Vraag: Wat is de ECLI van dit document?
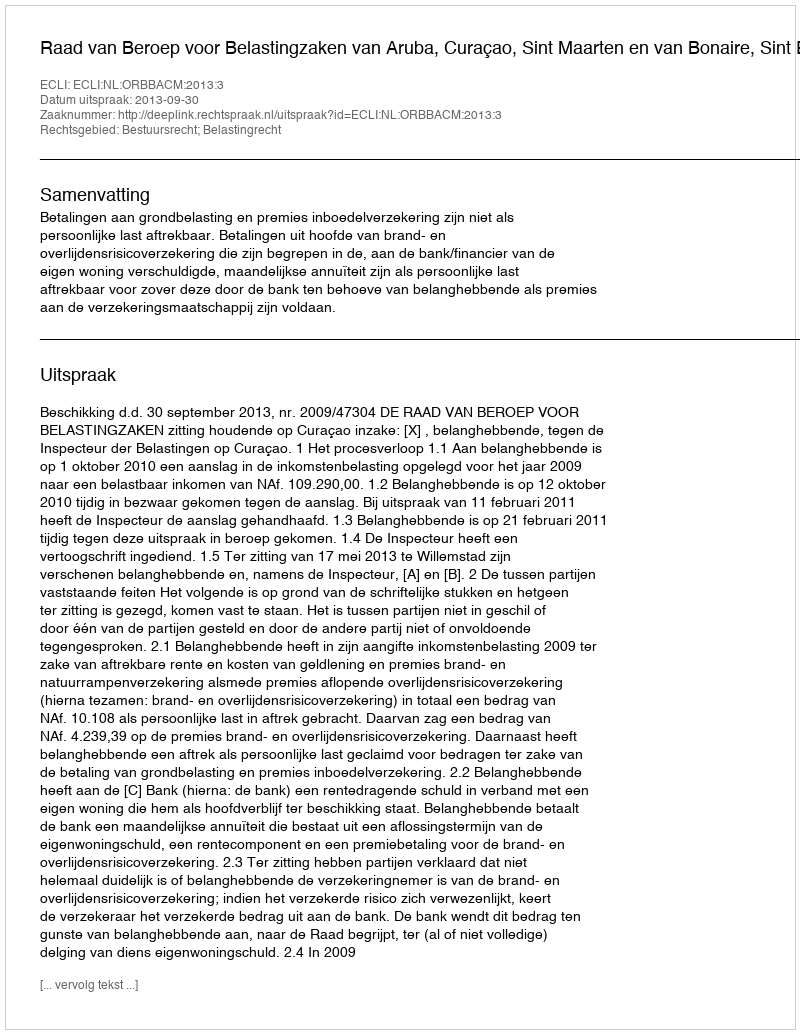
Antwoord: ECLI:NL:ORBBACM:2013:3